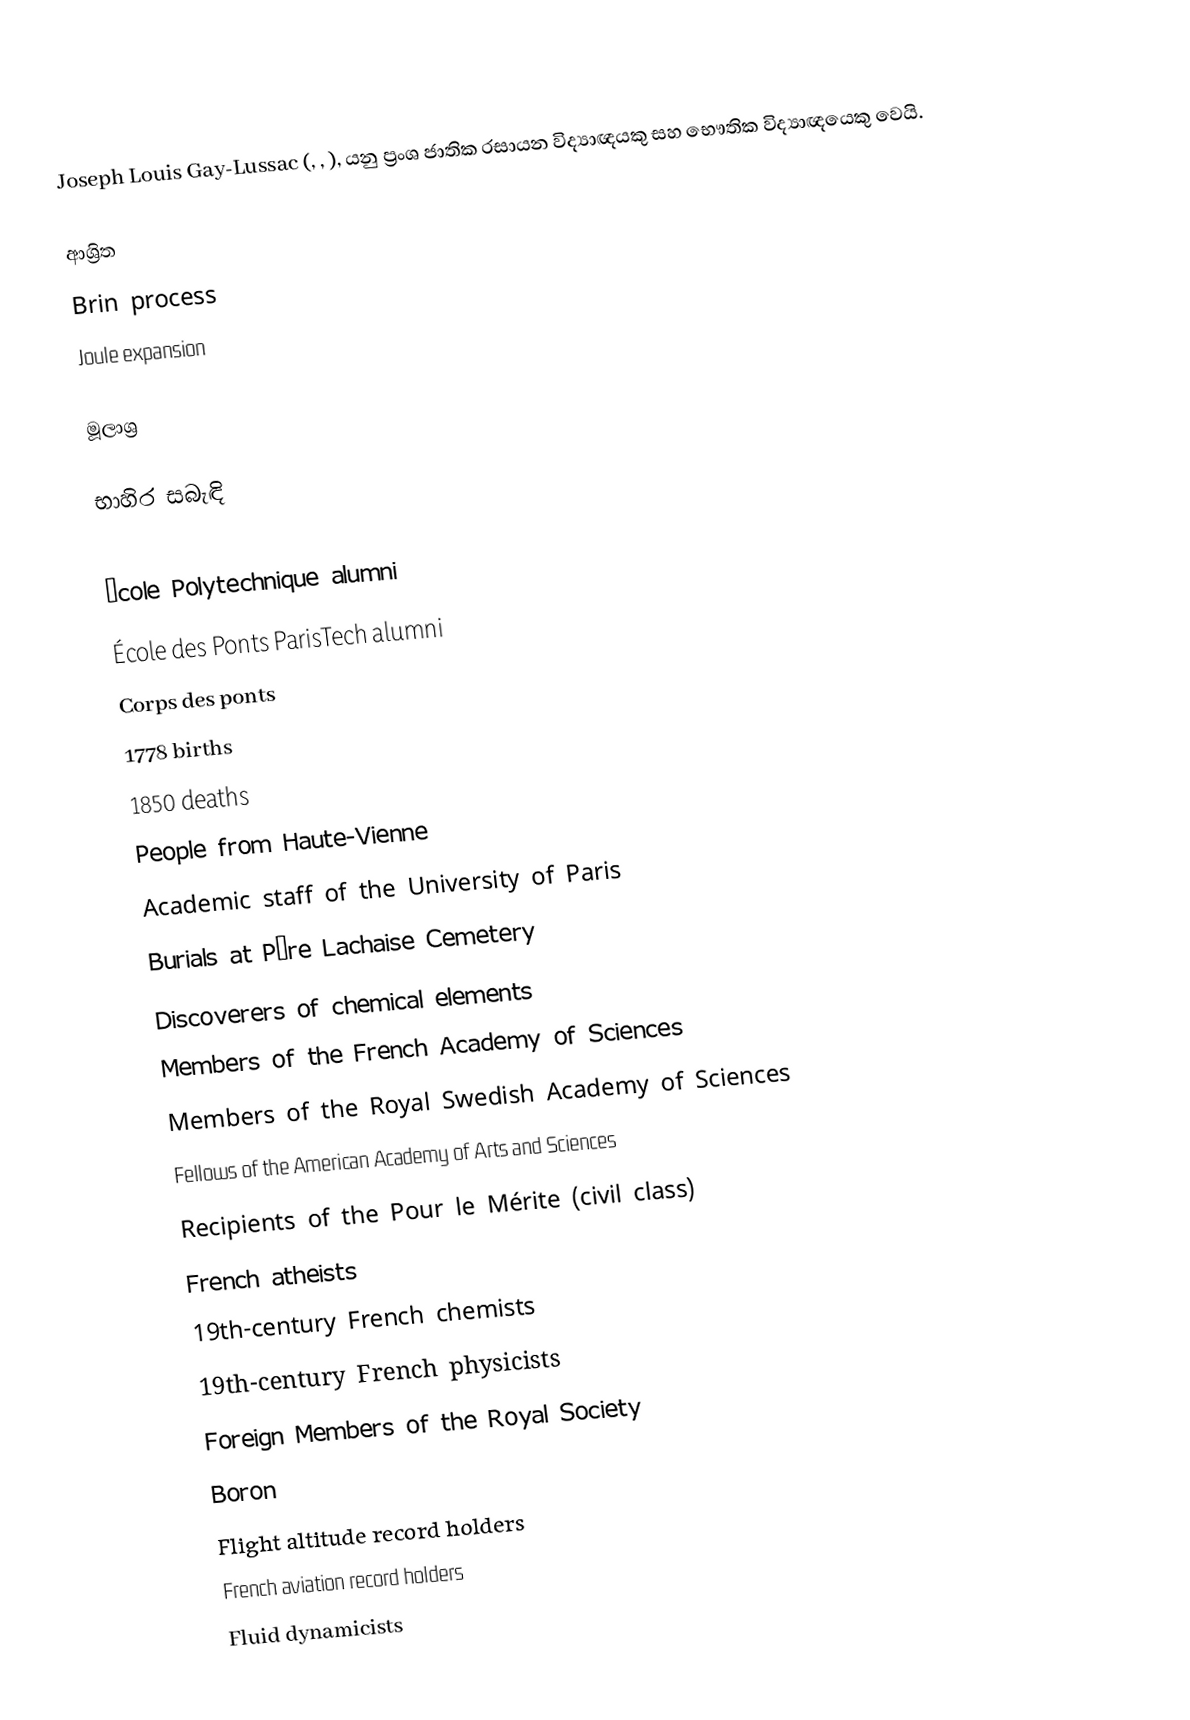
Joseph Louis Gay-Lussac (, , ), යනු ප්‍රංශ ජාතික රසායන විද්‍යාඥයකු සහ භෞතික විද්‍යාඥයෙකු වෙයි.

ආශ්‍රිත
Brin process
Joule expansion

මූලාශ්‍ර

භාහිර සබැඳි

École Polytechnique alumni
École des Ponts ParisTech alumni
Corps des ponts
1778 births
1850 deaths
People from Haute-Vienne
Academic staff of the University of Paris
Burials at Père Lachaise Cemetery
Discoverers of chemical elements
Members of the French Academy of Sciences
Members of the Royal Swedish Academy of Sciences
Fellows of the American Academy of Arts and Sciences
Recipients of the Pour le Mérite (civil class)
French atheists
19th-century French chemists
19th-century French physicists
Foreign Members of the Royal Society
Boron
Flight altitude record holders
French aviation record holders
Fluid dynamicists